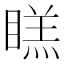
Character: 𭿔